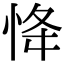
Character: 𢘸